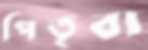
পিতৃব্য